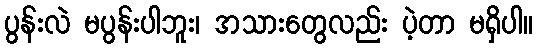
ပွန်းလဲ မပွန်းပါဘူး၊ အသားတွေလည်း ပဲ့တာ မရှိပါ။